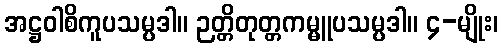
အဋ္ဌဝါစိကူပသမ္ပဒါ။ ဉတ္တိတုတ္တကမ္မူပသမ္ပဒါ။ ၄-မျိုး၊